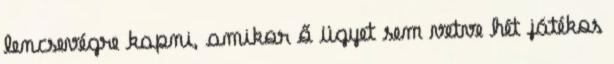
lencsevégre kapni, amikor ő ügyet sem vetve hét játékos